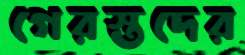
গেরস্তদের